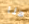
هنا